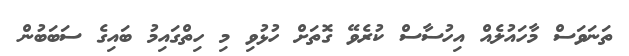
ތަނަވަސް މާހައުލެއް އިހުސާސް ކުރެވޭ ގޮތަށް ހުޅުވި މި ހިތްގައިމު ބައިގެ ސަބަބުން